Report of the Indian Hemp Drugs Commission, 1894-1895 - Volume III
Year: 1894
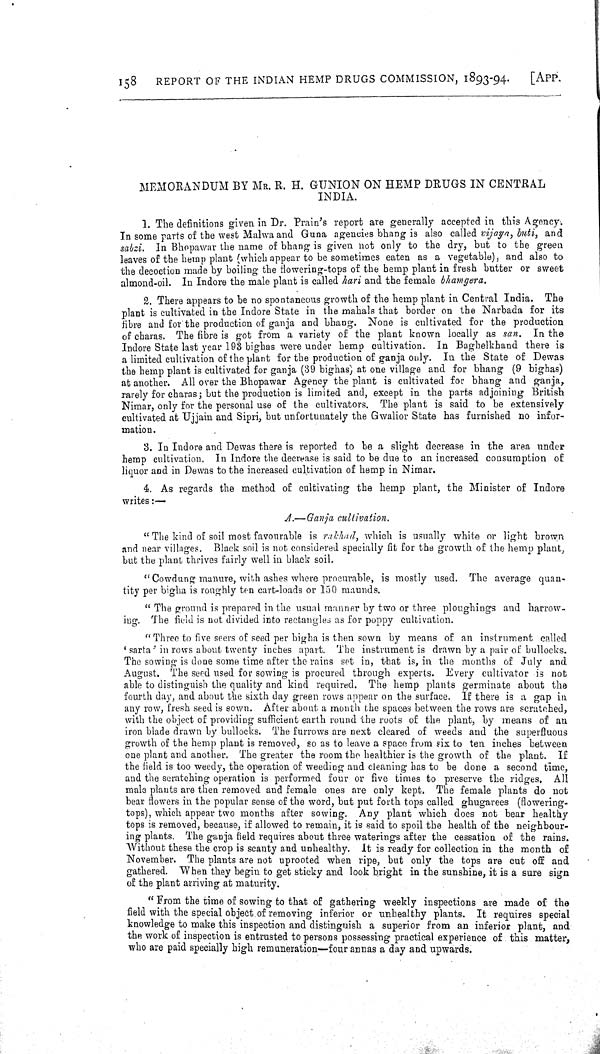
158
REPORT OF THE INDIAN HEMP DRUGS COMMISSION, 1893-94.
[APP.
MEMORANDUM BY MR. R. H. GUNION ON HEMP DRUGS IN CENTRAL
INDIA.
1. The definitions given in Dr. Prain's report are generally accepted in this Agency.
In some parts of the west Malwa and Guna agencies bhang is also called vijayn, buti, and
sabzi. In Bhopawar the name of bhang is given not only to the dry, but to the green
leaves of the hemp plant (which appear to be sometimes eaten as a vegetable), and also to
the decoction made by boiling the flowering-tops of the hemp plant in fresh butter or sweet
almond-oil. In Indore the male plant is called hari and the female bhamgera.
2. There appears to be no spontaneous growth of the hemp plant in Central India. The
plant is cultivated in the Indore State in the mahals that border on the Narbada for its
fibre and for the production of ganja and bhang. None is cultivated for the production
of charas. The fibre is got from a variety of the plant known locally as san. In the
Indore State last year 193 bighas were under hemp cultivation. In Baghelkhand there is
a limited cultivation of the plant for the production of ganja only. In the State of Dewas
the hemp plant is cultivated for ganja (39 bighas) at one village and for bhang (9 bighas)
at another. All over the Bhopawar Agency the plant is cultivated for bhang and ganja,
rarely for charas; but the production is limited and, except in the parts adjoining British
Nimar, only for the personal use of the cultivators. The plant is said to be extensively
cultivated at Ujjain and Sipri, but unfortunately the Gwalior State has furnished no infor-
mation.
3. In Indore and Dewas there is reported to be a slight decrease in the area under
hemp cultivation. In Indore the decrease is said to be due to an increased consumption of
liquor and in Dewas to the increased cultivation of hemp in Nimar.
4. As regards the method of cultivating the hemp plant, the Minister of Indore
writes:—
A.—Ganja cultivation.
"The kind of soil most favourable is rakhad, which is usually white or light brown
and near villages. Black soil is not considered specially fit for the growth of the hemp plant,
but the plant thrives fairly well in black soil.
"Cowdung manure, with ashes where procurable, is mostly used. The average quan-
tity per bigha is roughly ten cart-loads or 150 maunds.
"The ground is prepared in the usual manner by two or three ploughings and harrow-
ing. The field is not divided into rectangles as for poppy cultivation.
"Three to five seers of seed per bigha is then sown by means of an instrument called
'sarta' in rows about twenty inches apart. The instrument is drawn by a pair of bullocks.
The sowing is done some time after the rains set in, that is, in the months of July and
August. The seed used for sowing is procured through experts. Every cultivator is not
able to distinguish the quality and kind required. The hemp plants germinate about the
fourth day, and about the sixth day green rows appear on the surface. If there is a gap in
any row, fresh seed is sown. After about a month the spaces between the rows are scratched,
with the object of providing sufficient earth round the roots of the plant, by means of an
iron blade drawn by bullocks. The furrows are next cleared of weeds and the superfluous
growth of the hemp plant is removed, so as to leave a space from six to ten inches between
one plant and another. The greater the room the healthier is the growth of the plant. If
the field is too weedy, the operation of weeding and cleaning has to be done a second time,
and the scratching operation is performed four or five times to preserve the ridges. All
male plants are then removed and female ones are only kept. The female plants do not
bear flowers in the popular sense of the word, but put forth tops called ghugarees (flowering-
tops), which appear two months after sowing. Any plant which does not bear healthy
tops is removed, because, if allowed to remain, it is said to spoil the health of the neighbour-
ing plants. The ganja field requires about three waterings after the cessation of the rains.
Without these the crop is scanty and unhealthy. It is ready for collection in the month of
November. The plants are not uprooted when ripe, but only the tops are cut off and
gathered. When they begin to get sticky and look bright in the sunshine, it is a sure sign
of the plant arriving at maturity.
"From the time of sowing to that of gathering weekly inspections are made of the
field with the special object of removing inferior or unhealthy plants. It requires special
knowledge to make this inspection and distinguish a superior from an inferior plant, and
the work of inspection is entrusted to persons possessing practical experience of this matter,
who are paid specially high remuneration—four annas a day and upwards.